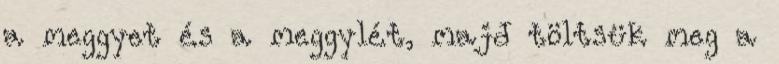
a meggyet és a meggylét, majd töltsük meg a